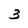
Character: 3